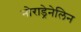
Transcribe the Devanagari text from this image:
नोराड्रेनेलिन